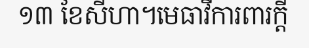
១៣ ខែសីហា។មេធាវីការពារក្តី